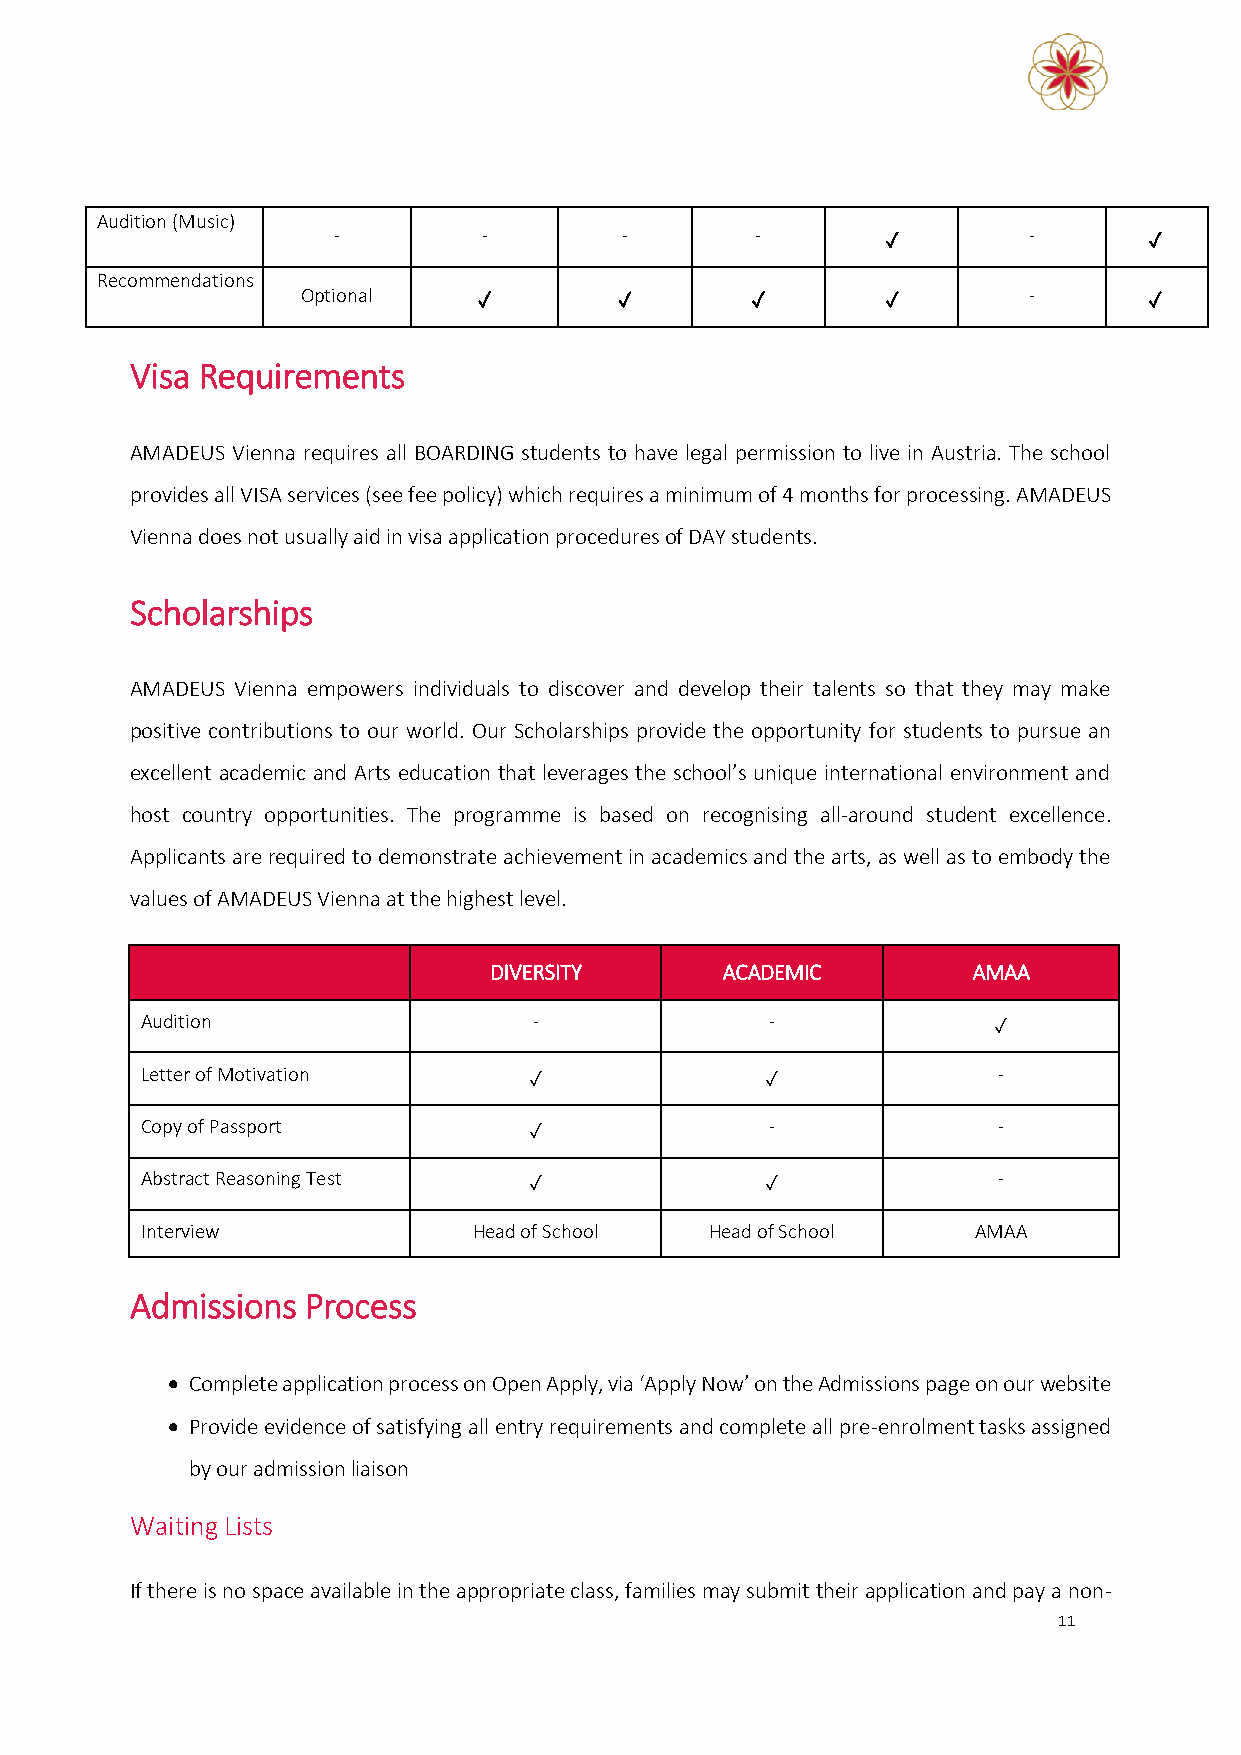
Audition (Music)
 -         -        -        -        ✓        -       ✓
 Recommendations
 Optional    ✓        ✓        ✓        ✓        -       ✓
 Visa Requirements
 AMADEUS Vienna requires all BOARDING students to have legal permission to live in Austria. The school
 provides all VISA services (see fee policy) which requires a minimum of 4 months for processing. AMADEUS
 Vienna does not usually aid in visa application procedures of DAY students.
 Scholarships
 AMADEUS Vienna empowers individuals to discover and develop their talents so that they may make
 positive contributions to our world. Our Scholarships provide the opportunity for students to pursue an
 excellent academic and Arts education that leverages the school’s unique international environment and
 host country opportunities. The programme is based on recognising all-around student excellence.
 Applicants are required to demonstrate achievement in academics and the arts, as well as to embody the
 values of AMADEUS Vienna at the highest level.
 DIVERSITY       ACADEMIC        AMAA
 Audition                  -               -              ✓
 Letter of Motivation      ✓               ✓              -
 Copy of Passport          ✓               -              -
 Abstract Reasoning Test   ✓               ✓              -
 Interview             Head of School  Head of School    AMAA
 Admissions Process
 • Complete application process on Open Apply, via ‘Apply Now’ on the Admissions page on our website
 • Provide evidence of satisfying all entry requirements and complete all pre-enrolment tasks assigned
 by our admission liaison
 Waiting Lists
 If there is no space available in the appropriate class, families may submit their application and pay a non-
 11